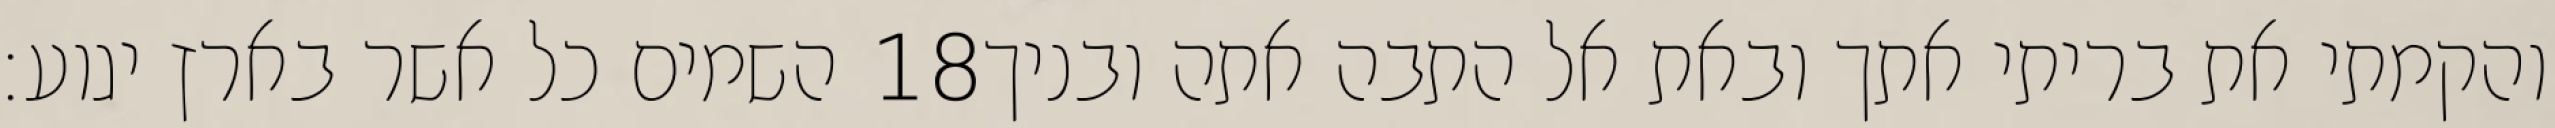
השמים כל אשר בארץ יגוע׃ ‎18‏ והקמתי את בריתי אתך ובאת אל התבה אתה ובניך